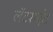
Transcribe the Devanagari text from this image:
लॅटराईट